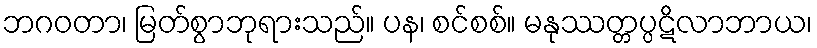
ဘဂဝတာ၊ မြတ်စွာဘုရားသည်။ ပန၊ စင်စစ်။ မနုဿတ္တပ္ပဋိလာဘာယ၊